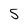
Character: 5